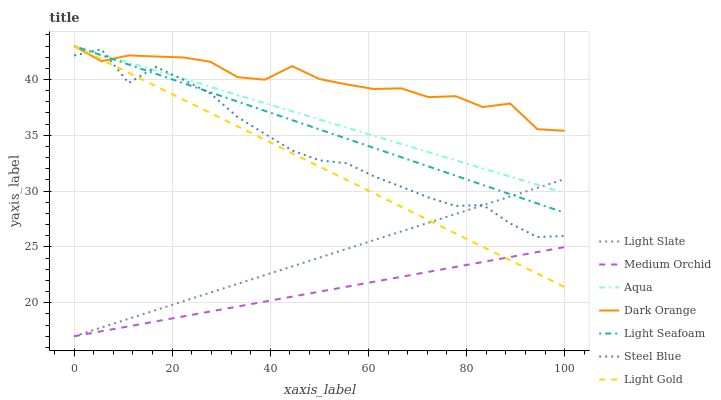
| xaxis_label | Light Slate | Medium Orchid | Aqua | Dark Orange | Light Seafoam | Steel Blue | Light Gold |
 | --- | --- | --- | --- | --- | --- | --- | --- |
 | 0 | 17 | 17 | 43 | 43 | 43 | 42.2 | 43 |
 | 5.56 | 17.8 | 17.4 | 42.3 | 41.6 | 42.2 | 42.7 | 41.8 |
 | 11.1 | 18.6 | 17.9 | 41.5 | 42.2 | 41.3 | 39.7 | 40.6 |
 | 16.7 | 19.3 | 18.3 | 40.8 | 42.1 | 40.5 | 41.1 | 39.4 |
 | 22.2 | 20.1 | 18.8 | 40.1 | 42 | 39.7 | 40 | 38.2 |
 | 27.8 | 20.9 | 19.2 | 39.3 | 41.6 | 38.9 | 38.8 | 37 |
 | 33.3 | 21.7 | 19.7 | 38.6 | 40.2 | 38 | 36.6 | 35.8 |
 | 38.9 | 22.5 | 20.1 | 37.9 | 40 | 37.2 | 35.1 | 34.6 |
 | 44.4 | 23.3 | 20.5 | 37.2 | 41.2 | 36.4 | 33.6 | 33.4 |
 | 50 | 24 | 21 | 36.4 | 40 | 35.5 | 32.8 | 32.2 |
 | 55.6 | 24.8 | 21.4 | 35.7 | 39.6 | 34.7 | 32.5 | 31 |
 | 61.1 | 25.6 | 21.9 | 35 | 39.1 | 33.9 | 31.3 | 29.8 |
 | 66.7 | 26.4 | 22.3 | 34.2 | 39.2 | 33 | 30.4 | 28.6 |
 | 72.2 | 27.2 | 22.8 | 33.5 | 38.4 | 32.2 | 29.4 | 27.4 |
 | 77.8 | 28 | 23.2 | 32.8 | 38.5 | 31.4 | 28.7 | 26.2 |
 | 83.3 | 28.7 | 23.7 | 32 | 37.5 | 30.6 | 28.8 | 25 |
 | 88.9 | 29.5 | 24.1 | 31.3 | 37.8 | 29.7 | 27.1 | 23.8 |
 | 94.4 | 30.3 | 24.5 | 30.6 | 35.5 | 28.9 | 25.9 | 22.6 |
 | 100 | 31.1 | 25 | 29.8 | 35.4 | 28.1 | 26 | 21.4 |